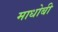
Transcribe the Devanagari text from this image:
माधोबी